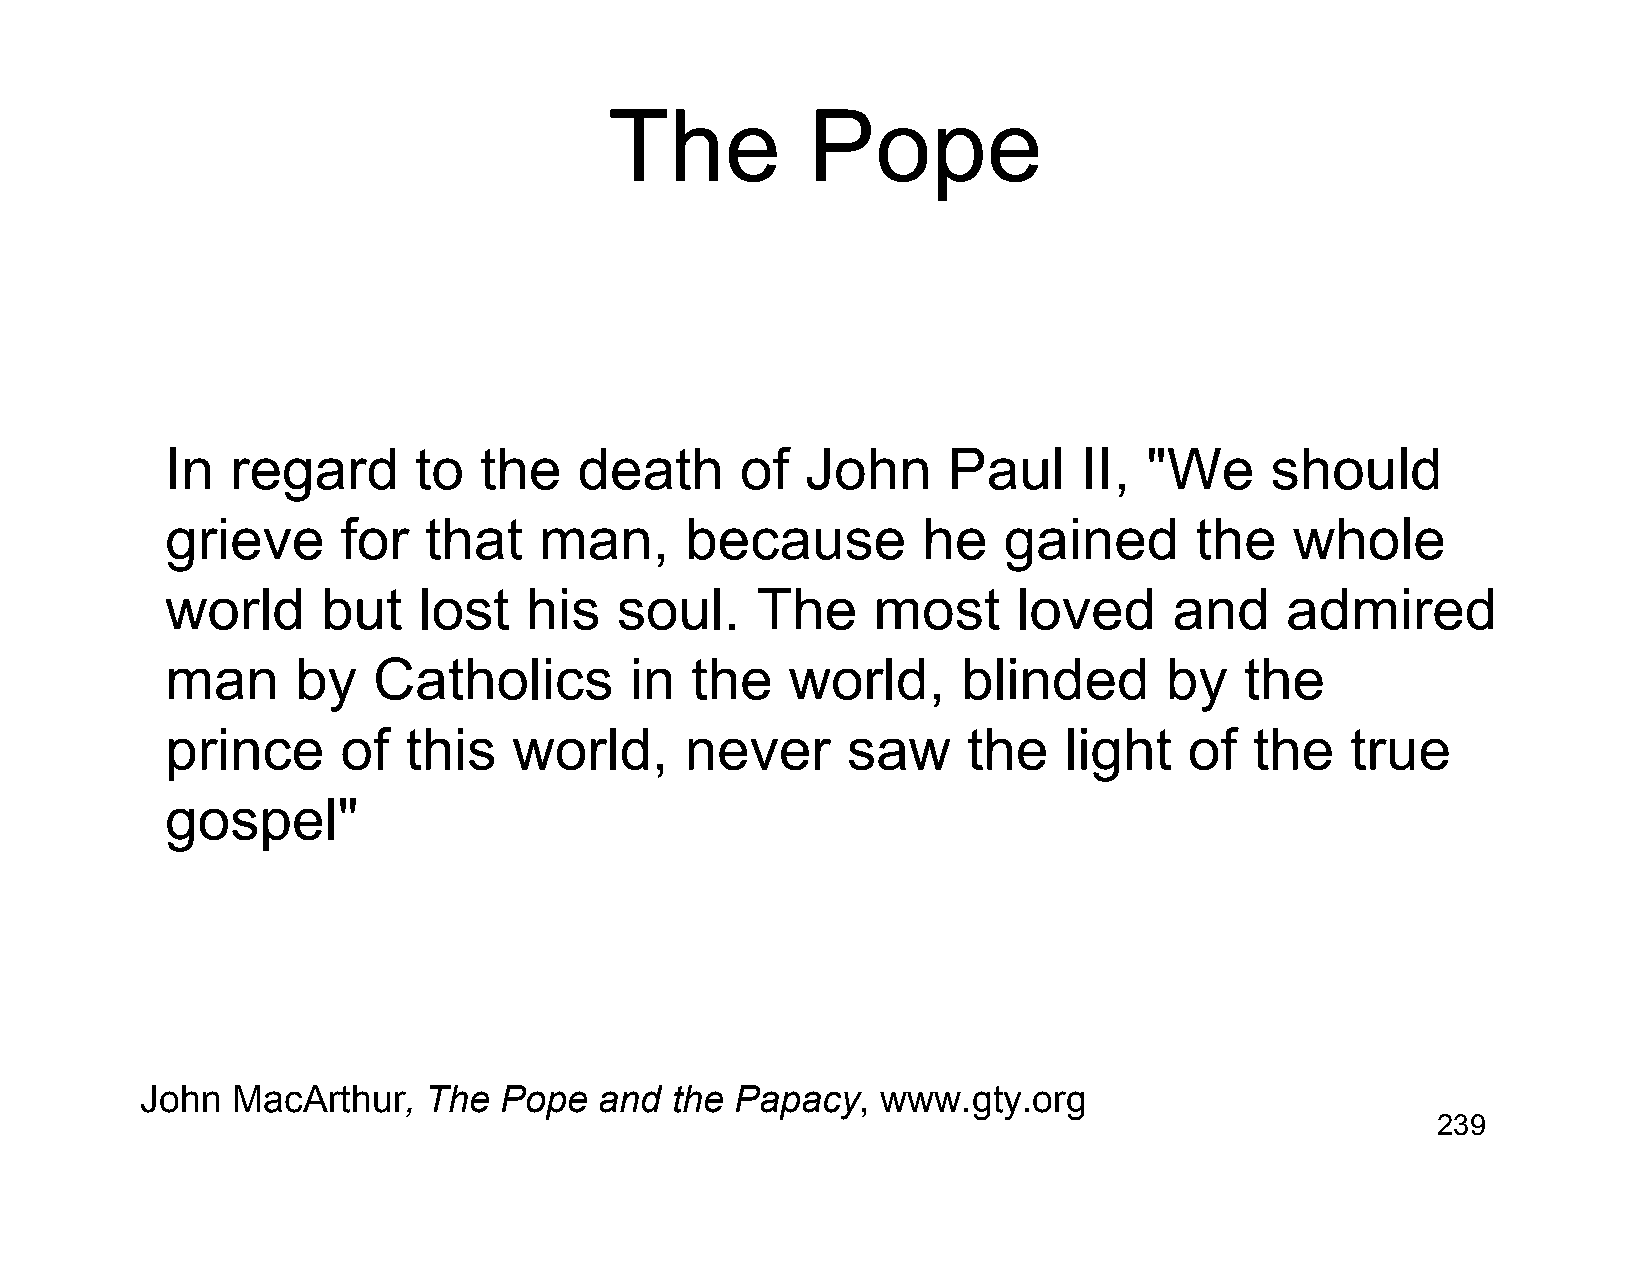
The           Pope
 In  regard      to   the   death      of  John      Paul     II, "We     should
 grieve      for  that    man,     because         he   gained       the    whole
 world     but    lost   his   soul.    The     most     loved      and    admired
 man      by   Catholics        in  the   world,      blinded      by   the
 prince      of  this   world,     never      saw     the   light    of  the   true
 gospel"
 John  MacArthur,   The  Pope   and the  Papacy,  www.gty.org
 239